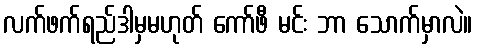
လက်ဖက်ရည်ဒါမှမဟုတ် ကော်ဖီ မင်း ဘာ သောက်မှာလဲ။